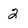
Character: 2